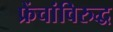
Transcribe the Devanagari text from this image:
फ्रेंचांविरुद्ध